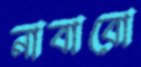
নাবাবো